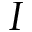
I